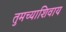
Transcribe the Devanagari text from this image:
तुमच्याशिवाय